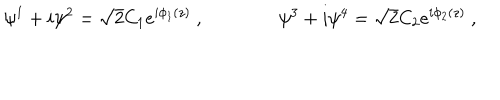
\psi ^ { 1 } + i \psi ^ { 2 } = \sqrt 2 C _ { 1 } e ^ { i \phi _ { 1 } ( z ) } \ , \qquad \qquad \psi ^ { 3 } + i \psi ^ { 4 } = \sqrt 2 C _ { 2 } e ^ { i \phi _ { 2 } ( z ) } \ , \nonumber